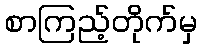
စာကြည့်တိုက်မှ